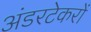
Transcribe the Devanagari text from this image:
अंडरटेकरों